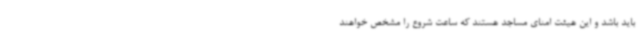
باید باشد و این هیئت امنای مساجد هستند که ساعت شروع را مشخص خواهند